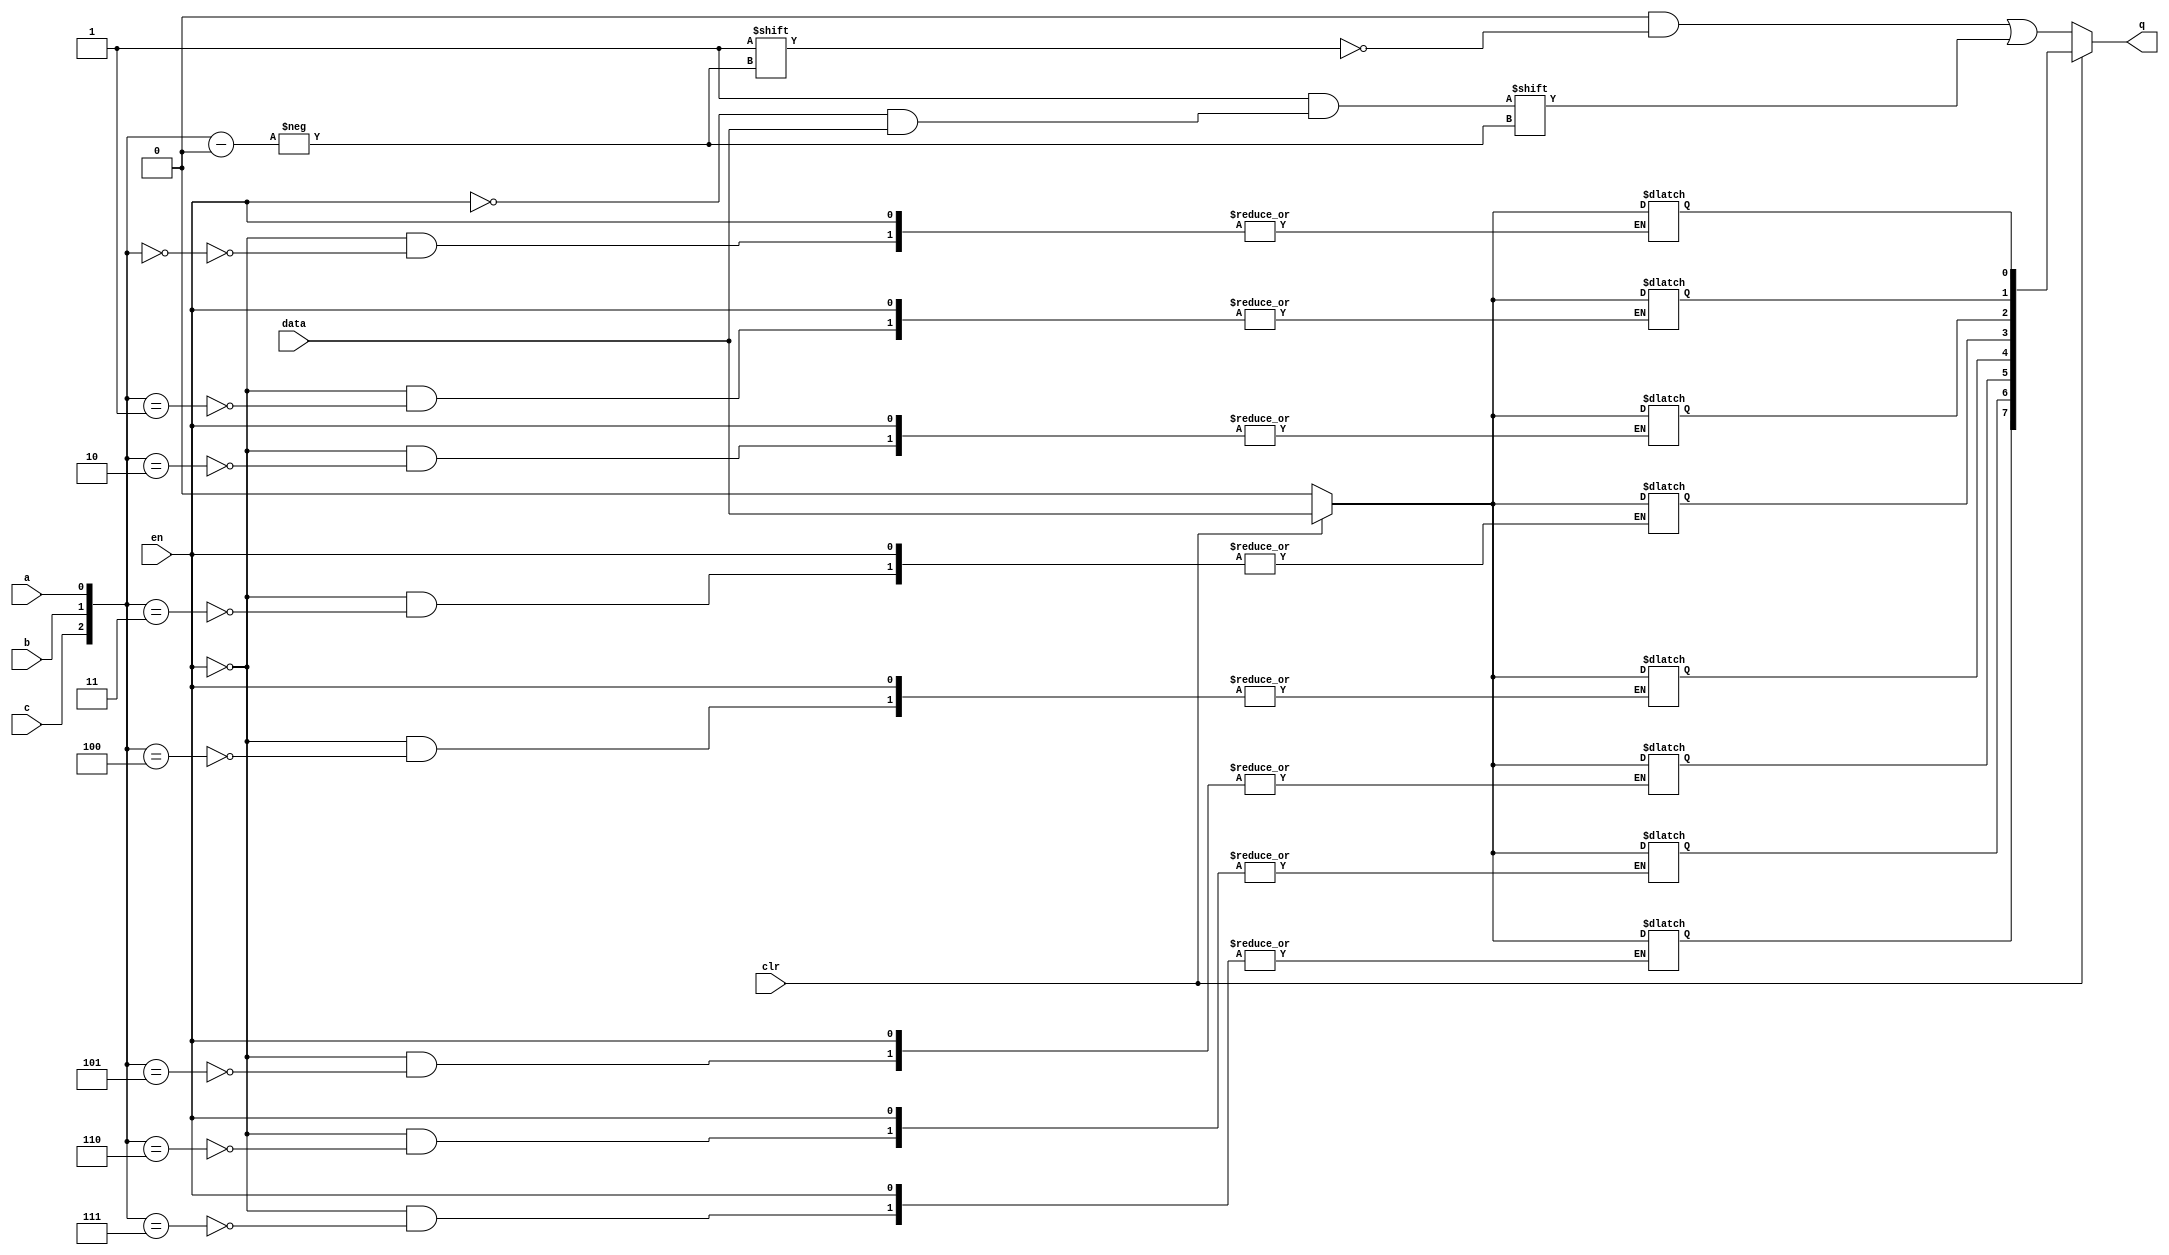
module sn74ls259(q, a, b, c, clr, data, en);
input a, b, c, clr, data, en;
output [7:0] q;
reg [7:0] latch, dec;
wire [2:0] addr;

parameter
	// TI TTL data book Vol 1, 1985
	tPLH_min=0, tPLH_typ=19, tPLH_max=30, // worst case
	tPHL_min=0, tPHL_typ=13, tPHL_max=20;

initial
begin
	latch = 8'bxxxxxxxx;
end

assign addr = { c, b, a };
assign ce = { clr, en };

always @(en)
begin
	if (en==0)
		latch[addr] <= clr==0 ? 1'b0 : data;
end

always @(addr, en, data)
begin
	dec <= 8'b00000000;
	dec[addr] <= ~en & data;
end

assign #(tPLH_min:tPLH_typ:tPLH_max, tPHL_min:tPHL_typ:tPHL_max)
	q = clr==0 ? dec : latch;

endmodule